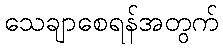
သေချာစေရန်အတွက်